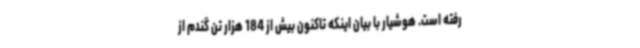
رفته است. هوشیار با بیان اینکه تاکنون بیش از 184 هزار تن گندم از